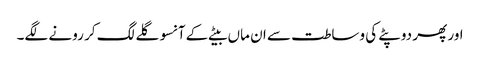
اور پھر دوپٹے کی وساطت سے ان ماں بیٹے کے آنسو گلے لگ کر رونے لگے۔